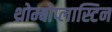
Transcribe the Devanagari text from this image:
थ्रोम्बोप्लास्टिन